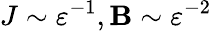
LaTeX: J\sim{\varepsilon}^{-1},\mathbf{B}\sim{\varepsilon}^{-2}